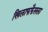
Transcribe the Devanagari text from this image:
खिलाफफैसला